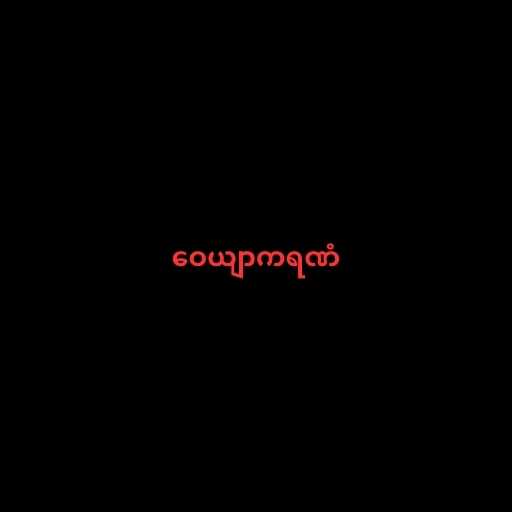
ဝေယျာကရဏံ